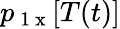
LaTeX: p_{\mathrm{~1~x~}}[T(t)]